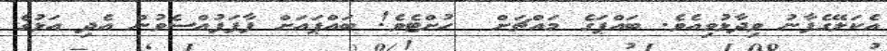
އެކަލޭގެފާނު ވިދާޅުވިއެވެ. ބައްޕަގެ މައްޗަށް  ހުށްޓެވެ! ބައްޕައަށް ފާފަފުއްސެވުން އެދި އަޅުގެ